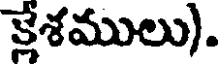
క్లేశములు).